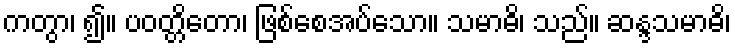
ကတွာ၊ ၍။ ပဝတ္တိတော၊ ဖြစ်စေအပ်သော။ သမာဓိ၊ သည်။ ဆန္ဒသမာဓိ၊